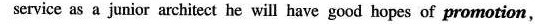
service as a junior architect he will have good hopes of promotion,